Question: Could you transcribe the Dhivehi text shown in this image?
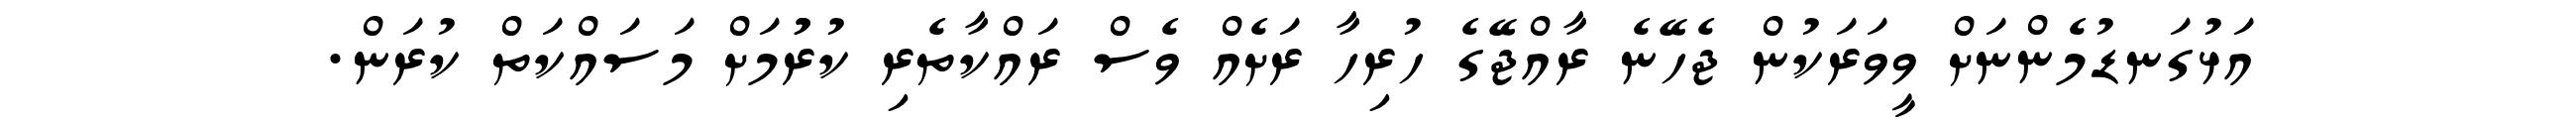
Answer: އަޅުގަނޑުމެންނަށް ވީވަރަކުން ޖެހޭނެ ރާއްޖޭގެ ހުރިހާ ރަށެއް ވެސް ރައްކާތެރި ކުރުުމަށް މަސައްކަތް ކުރަން.